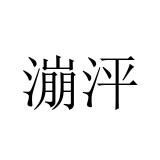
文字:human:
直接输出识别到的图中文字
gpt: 漰泙